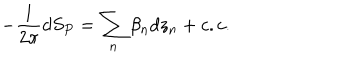
- \frac { 1 } { 2 \pi } d S _ { P } = \sum _ { n } \beta _ { n } d z _ { n } + c . c .